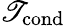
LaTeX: \mathscr{T}_{\mathrm{{cond}}}